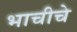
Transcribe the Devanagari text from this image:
भाचीचे